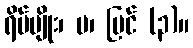
ရိပ်မျိုး၊ မ၊ ပြင် (၃)။